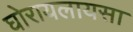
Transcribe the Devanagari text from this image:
घोरायलायसा